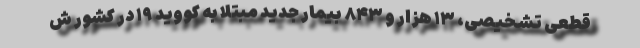
قطعی تشخیصی، ۱۳ هزار و ۸۴۳ بیمار جدید مبتلا به کووید ۱۹ در کشور ش